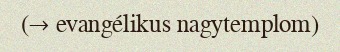
(→ evangélikus nagytemplom)